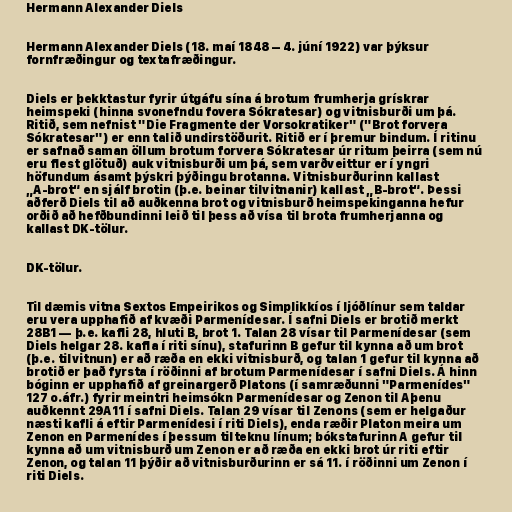
Hermann Alexander Diels

Hermann Alexander Diels (18. maí 1848 – 4. júní 1922) var þýksur
fornfræðingur og textafræðingur.

Diels er þekktastur fyrir útgáfu sína á brotum frumherja grískrar
heimspeki (hinna svonefndu fovera Sókratesar) og vitnisburði um þá.
Ritið, sem nefnist "Die Fragmente der Vorsokratiker" ("Brot forvera
Sókratesar") er enn talið undirstöðurit. Ritið er í þremur bindum. Í ritinu
er safnað saman öllum brotum forvera Sókratesar úr ritum þeirra (sem nú
eru flest glötuð) auk vitnisburði um þá, sem varðveittur er í yngri
höfundum ásamt þýskri þýðingu brotanna. Vitnisburðurinn kallast
„A-brot“ en sjálf brotin (þ.e. beinar tilvitnanir) kallast „B-brot“. Þessi
aðferð Diels til að auðkenna brot og vitnisburð heimspekinganna hefur
orðið að hefðbundinni leið til þess að vísa til brota frumherjanna og
kallast DK-tölur.

DK-tölur.

Til dæmis vitna Sextos Empeirikos og Simplikkíos í ljóðlínur sem taldar
eru vera upphafið af kvæði Parmenídesar. Í safni Diels er brotið merkt
28B1 — þ.e. kafli 28, hluti B, brot 1. Talan 28 vísar til Parmenídesar (sem
Diels helgar 28. kafla í riti sínu), stafurinn B gefur til kynna að um brot
(þ.e. tilvitnun) er að ræða en ekki vitnisburð, og talan 1 gefur til kynna að
brotið er það fyrsta í röðinni af brotum Parmenídesar í safni Diels. Á hinn
bóginn er upphafið af greinargerð Platons (í samræðunni "Parmenídes"
127 o.áfr.) fyrir meintri heimsókn Parmenídesar og Zenon til Aþenu
auðkennt 29A11 í safni Diels. Talan 29 vísar til Zenons (sem er helgaður
næsti kafli á eftir Parmenídesi í riti Diels), enda ræðir Platon meira um
Zenon en Parmenídes í þessum tilteknu línum; bókstafurinn A gefur til
kynna að um vitnisburð um Zenon er að ræða en ekki brot úr riti eftir
Zenon, og talan 11 þýðir að vitnisburðurinn er sá 11. í röðinni um Zenon í
riti Diels.